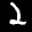
Label: 2